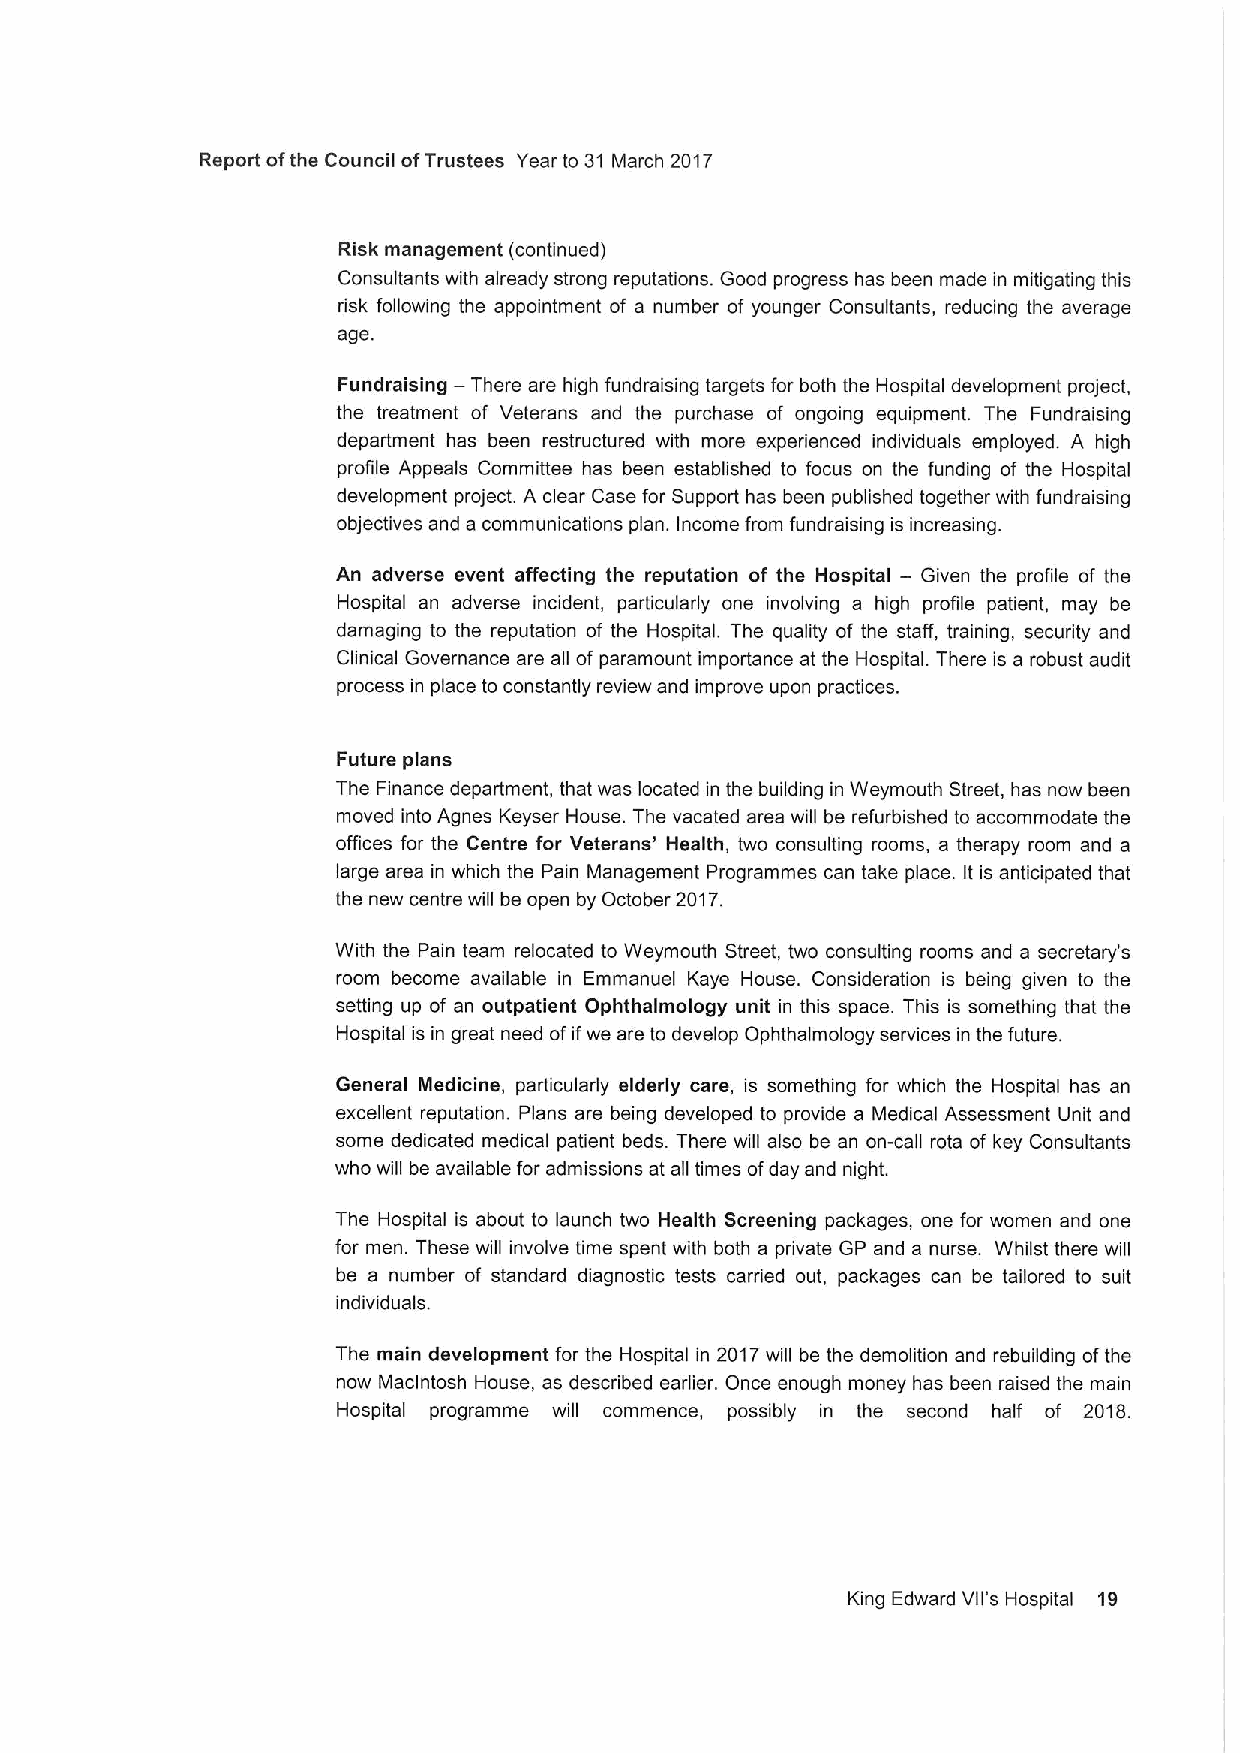
Report ofthe Council ofTrustees Year to 31 March 2017
 Risk management (continued)
 Consultants with already strong reputations. Good progress has been made in mitigating this
 risk following the appointment of a number of younger Consultants, reducing the average
 age.
 Fundraising — There are high fundraising targets for both the Hospital development project,
 the treatment of Veterans and the purchase of ongoing equipment. The Fundraising
 department has been restructured with more experienced individuals employed. A high
 profile Appeals Committee has been established to focus on the funding of the Hospital
 development project. A clear Case for Support has been published together with fundraising
 objectives and a communications plan. Income from fundraising is increasing.
 An adverse event affecting the reputation of the Hospital — Given the profile of the
 Hospital an adverse incident, particularly one involving a high profile patient, may be
 damaging to the reputation of the Hospital. The quality of the staff, training, security and
 Clinical Governance are all ofparamount importance at the Hospital. There is a robust audit
 process in place to constantly review and improve upon practices.
 Future plans
 The Finance department, that was located in the building in Weymouth Street, has now been
 moved into Agnes Keyser House. The vacated area will be refurbished to accommodate the
 offices for the Centre for Veterans' Health, two consulting rooms, a therapy room and a
 large area in which the Pain Management Programmes can take place. It is anticipated that
 the new centre will be open by October 2017.
 With the Pain team relocated to Weymouth Street, two consulting rooms and a secretary' s
 room become available in Emmanuel Kaye House. Consideration is being given to the
 setting up of an outpatient Ophthalmology unit in this space. This is something that the
 Hospital is in great need ofifwe are to develop Ophthalmology services in the future.
 General Medicine, particularly elderly care, is something for which the Hospital has an
 excellent reputation. Plans are being developed to provide a Medical Assessment Unit and
 some dedicated medical patient beds. There will also be an on-call rota of key Consultants
 who will be available for admissions at all times ofday and night.
 The Hospital is about to launch two Health Screening packages, one for women and one
 for men. These will involve time spent with both a private GP and a nurse. Whilst there will
 be a number of standard diagnostic tests carried out, packages can be tailored to suit
 individuals.
 The main development for the Hospital in 2017will be the demolition and rebuilding ofthe
 now Macintosh House, as described earlier. Once enough money has been raised the main
 Hospital programme will commence, possibly in the second half of 2018.
 King Edward Vll's Hospital 19